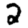
Digit: 2